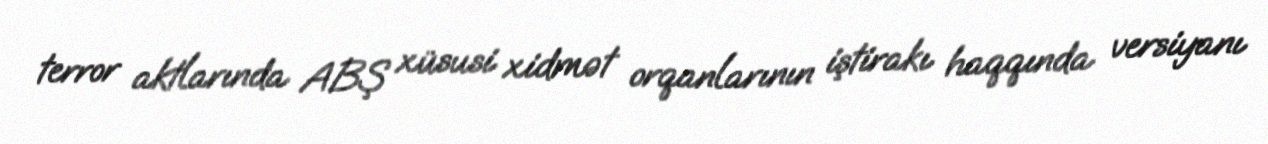
terror aktlarında ABŞ xüsusi xidmət orqanlarının iştirakı haqqında versiyanı